Annual administration report of the Civil Veterinary Department of India - 1896-1897
Year: 1896
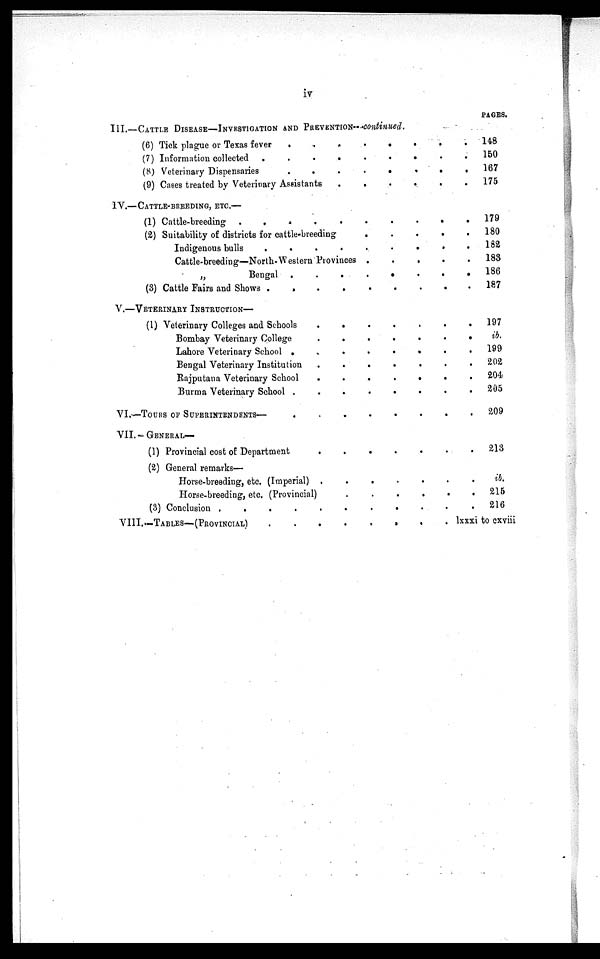
iv
III.—CATTLE DISEASE—INVESTIGATION AND PREVENTION—continued
(6) Tick plague or Texas fever
.
.
.
.
.
.
.
.
(7) Information collected
.
.
.
.
.
.
.
.
(8) Veterinary Dispensaries
.
.
.
.
.
.
.
.
(9) Cases treated by Veterinary Assistants
....
IV.—CATTLE-BREEDING, ETC.—
(1) Cattle-breeding
.
.
.
.
.
.
.
.
(2) Suitability of districts for cattle-breeding . . . . . . . .
Indigenous bulls
.
.
.
.
.
.
.
.
Cattle-breeding—North-Western Provinces . . . . . . . .
„
Bengal
.
.
.
.
(3) Cattle Fairs and Shows
.
.
.
.
.
V.—VETERINARY INSTRUCTION—
(1) Veterinary Colleges and Schools
.
.
.
.
.
.
Bombay Veterinary College
.
.
.
.
.
Lahore Veterinary School
.
.
.
.
.
.
.
.
Bengal Veterinary Institution
.
.
.
.
.
.
.
.
Rajputana Veterinary School
.
.
.
.
.
.
.
.
Burma Veterinary School
.
.
.
.
.
.
.
.
VI.—TOURS OF SUPERINTENDENTS—
.
.
.
.
.
.
.
.
VII.-GENERAL—
(1) Provincial cost of Department
.
.
.
.
.
.
.
.
(2) General remarks—
Horse-breeding, etc. (Imperial)
.
.
.
.
.
.
.
.
Horse-breeding, etc. (Provincial) . . . . . . . .
(3) Conclusion
.
.
.
.
.
.
.
.
VIII.—TABLE—(PROVINCIAL)
.
.
.
.
.
.
.
.
PAGES.
.
148
.
150
.
167
.
175
.
179
.
180
.
182
.
183
.
186
.
187
.
197
. ib.
.
199
.
202
.
204
.
205
.
209
.
213
.ib.
.
215
.
216
lxxxi to cxviii